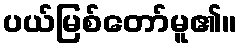
ပယ်မြစ်တော်မူ၏။